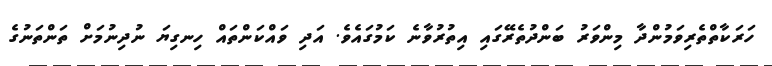
ހަރަކާތްތެރިވަމުންދާ މިންވަރު ބަންދުތެރޭގައި އިތުރުވާނެ ކަމުގައެވެ. އަދި ވައްކަންތައް ހިނގިޔަ ނުދިނުމަށް ތަންތަނުގެ